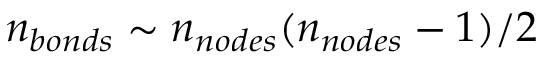
n _ { b o n d s } \sim n _ { n o d e s } ( n _ { n o d e s } - 1 ) / 2